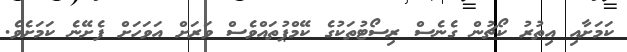
ކަމަށާއި އިތުރު ކޯޗުން ގެނެސް ރިސޯޓުތަކުގެ ކޭމްޕުތައްވެސް ވަރަށް އަވަހަށް ފެށޭނެ ކަމަށެވެ.